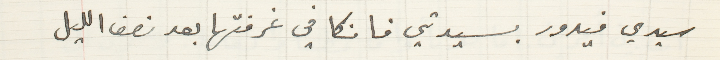
سيدي فيدور بسيدتي فانكا في غرفتها بعد نصف الليل